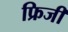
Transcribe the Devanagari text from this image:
फ्रिजी